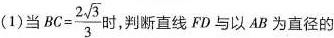
DF DBlA② ③图3-13(1)当$$B C = \frac { 2 \sqrt { 3 } } { 3 }$$时，判断直线FD与以AB为直径的